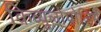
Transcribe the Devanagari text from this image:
किव्युलोपोलिस